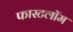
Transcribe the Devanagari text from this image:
फास्टलॉम